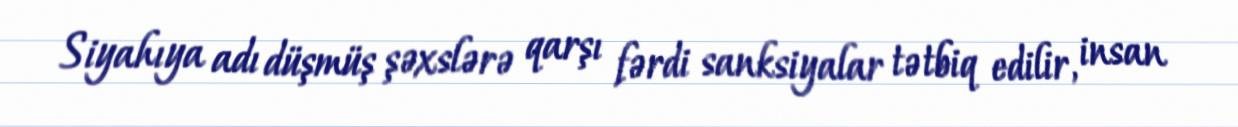
Siyahıya adı düşmüş şəxslərə qarşı fərdi sanksiyalar tətbiq edilir, insan